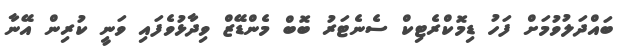
ބައްދަލުވުމަށް ފަހު ޑިމޮކްރެޓިކް ސެނެޓަރު ބޮބް މެންޑޭޒް ވިދާޅުވެފައި ވަނީ ކުރިން އޭނާ